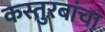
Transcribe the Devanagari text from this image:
कस्तुरबांचा